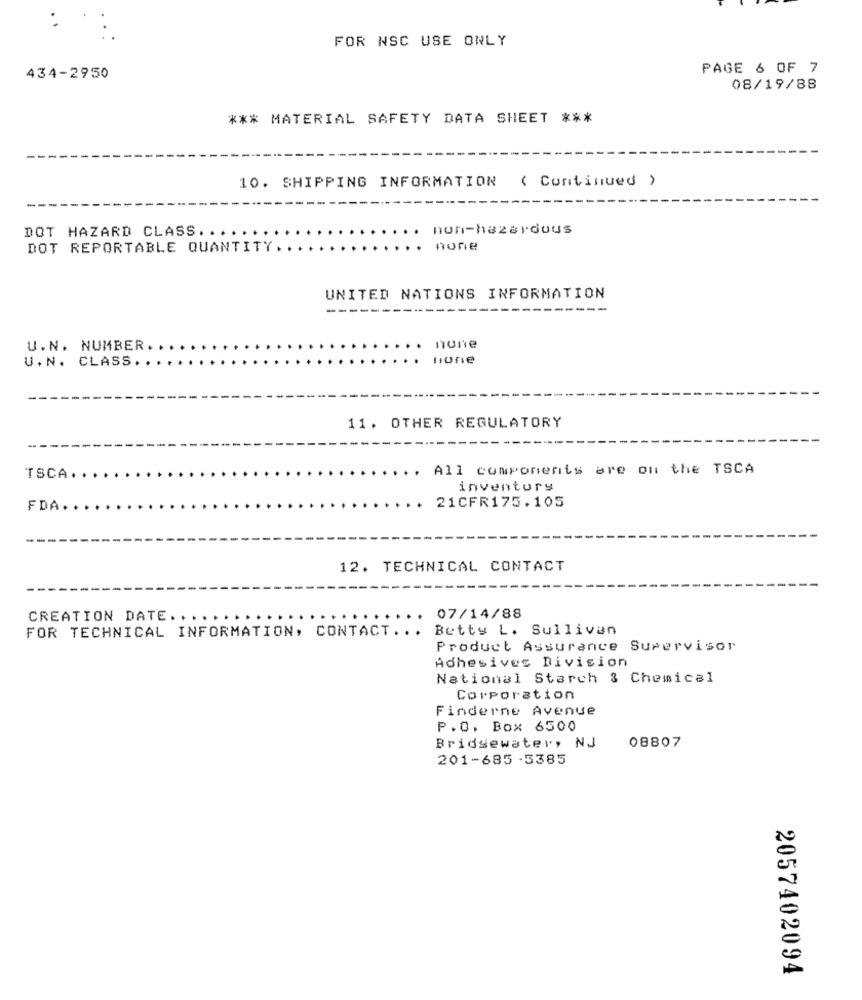
FOR NSC USE ONLY
PAGE 6 OF 7
434-2950
08/19/88
*** MATERIAL SAFETY DATA SHEET ***
10. SHIPPING INFORMATION ( Continued )
non-hazardous
DOT HAZARD CLASS. .
DOT REPORTABLE QUANTITY.
none
UNITED NATIONS INFORMATION
-----
U.N. NUMBER .
none
U.N. CLASS.
Done
11. OTHER REGULATORY
. All components are on the TSCA
TSCA.
inventory
21CFR175.105
FDA.
12. TECHNICAL CONTACT
CREATION DATE. ..
07/14/88
FOR TECHNICAL INFORMATION, CONTACT ...
Betty L. Sullivan
Product Assurance Supervisor
Adhesives Division
National Starch & Chemical
Corporation
Finderne Avenue
P.O. Box 6500
08807
Bridgewater, NJ
201-685 - 5385
2057402094